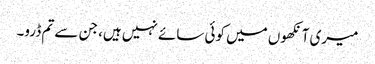
میری آنکھوں میں کوئی سائے نہیں ہیں، جن سے تم ڈرو۔